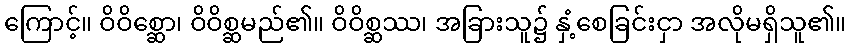
ကြောင့်။ ဝိဝိစ္ဆော၊ ဝိဝိစ္ဆမည်၏။ ဝိဝိစ္ဆဿ၊ အခြားသူ၌ နှံ့စေခြင်းငှာ အလိုမရှိသူ၏။